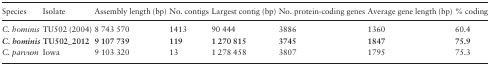
| Species | Isolate | Assembly length (bp) | No. contigs | Largest contig (bp) | No. protein-coding genes | Average gene length (bp) | % coding |
 | --- | --- | --- | --- | --- | --- | --- | --- |
 | C. hominis | TU502 (2004) | 8 743 570 | 1413 | 90 444 | 3886 | 1360 | 60.4 |
 | C. hominis | TU502_2012 | 9 107 739 | 119 | 1 270 815 | 3745 | 1847 | 75.9 |
 | C. parvum | Iowa | 9 103 320 | 13 | 1 278 458 | 3807 | 1795 | 75.3 |